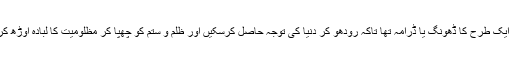
بھارت کے سیاستدانوں، ماہرین اور صحافیوں کی جانب سے اشتعال انگیز بیان بازی ایک طرح کا ڈھونگ یا ڈرامہ تھا تاکہ رودھو کر دنیا کی توجہ حاصل کرسکیں اور ظلم و ستم کو چھپا کر مظلومیت کا لبادہ اوڑھ کر ہمدردیاں حاصل کی جاسکیں مگر بھارت اس میں بھی بری طرح ناکام ہوچکا ہے ۔